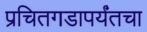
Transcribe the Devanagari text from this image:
प्रचितगडापर्यंतचा